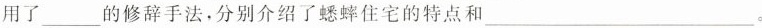
用了___的修辞手法，分别介绍了蟋蟀住宅的特点和___